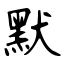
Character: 默